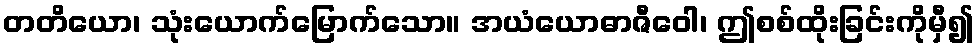
တတိယော၊ သုံးယောက်မြောက်သော။ အယံယောဓာဇီဝေါ၊ ဤစစ်ထိုးခြင်းကိုမှီ၍